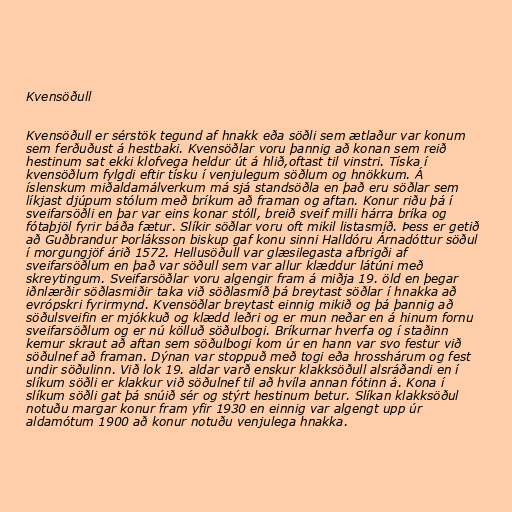
Kvensöðull

Kvensöðull er sérstök tegund af hnakk eða söðli sem ætlaður var konum
sem ferðuðust á hestbaki. Kvensöðlar voru þannig að konan sem reið
hestinum sat ekki klofvega heldur út á hlið,oftast til vinstri. Tíska í
kvensöðlum fylgdi eftir tísku í venjulegum söðlum og hnökkum. Á
íslenskum miðaldamálverkum má sjá standsöðla en það eru söðlar sem
líkjast djúpum stólum með bríkum að framan og aftan. Konur riðu þá í
sveifarsöðli en þar var eins konar stóll, breið sveif milli hárra bríka og
fótaþjöl fyrir báða fætur. Slíkir söðlar voru oft mikil listasmíð. Þess er getið
að Guðbrandur Þorláksson biskup gaf konu sinni Halldóru Árnadóttur söðul
í morgungjöf árið 1572. Hellusöðull var glæsilegasta afbrigði af
sveifarsöðlum en það var söðull sem var allur klæddur látúni með
skreytingum. Sveifarsöðlar voru algengir fram á miðja 19. öld en þegar
iðnlærðir söðlasmiðir taka við söðlasmíð þá breytast söðlar í hnakka að
evrópskri fyrirmynd. Kvensöðlar breytast einnig mikið og þá þannig að
söðulsveifin er mjókkuð og klædd leðri og er mun neðar en á hinum fornu
sveifarsöðlum og er nú kölluð söðulbogi. Bríkurnar hverfa og í staðinn
kemur skraut að aftan sem söðulbogi kom úr en hann var svo festur við
söðulnef að framan. Dýnan var stoppuð með togi eða hrosshárum og fest
undir söðulinn. Við lok 19. aldar varð enskur klakksöðull alsráðandi en í
slíkum söðli er klakkur við söðulnef til að hvíla annan fótinn á. Kona í
slíkum söðli gat þá snúið sér og stýrt hestinum betur. Slíkan klakksöðul
notuðu margar konur fram yfir 1930 en einnig var algengt upp úr
aldamótum 1900 að konur notuðu venjulega hnakka.